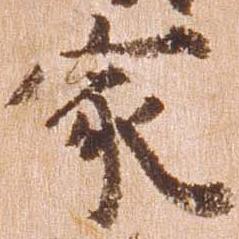
家